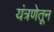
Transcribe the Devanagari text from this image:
यंत्रणेतून